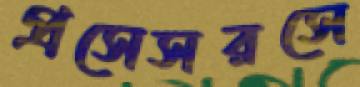
প্রসেসরসে